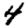
Digit: 4